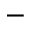
^ -